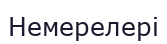
Немерелері